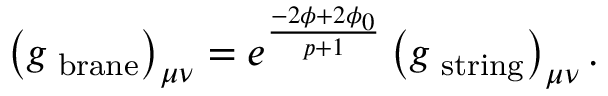
\left( g _ { \mathrm { \scriptsize ~ b r a n e } } \right) _ { \mu \nu } = e ^ { \frac { - 2 \phi + 2 \phi _ { 0 } } { p + 1 } } \left( g _ { \mathrm { \scriptsize ~ s t r i n g } } \right) _ { \mu \nu } .